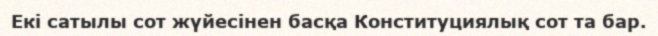
Екі сатылы сот жүйесінен басқа Конституциялық сот та бар.